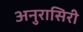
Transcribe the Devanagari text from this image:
अनुरासिरी